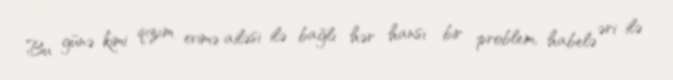
Bu günə kimi qızım evimə ailəsi ilə bağlı hər hansı bir problem, habelə əri ilə